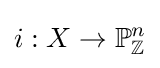
i:X\to \mathbb {P} _{\mathbb {Z} }^{n}